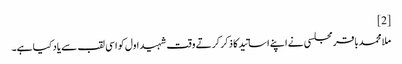
[2]
ملا محمدباقر مجلسی‌ نے اپنے اساتید کا ذکر کرتے وقت شہید اول کو اسی لقب سے یاد کیا ہے۔